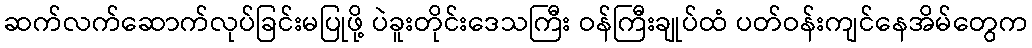
ဆက်လက်ဆောက်လုပ်ခြင်းမပြုဖို့ ပဲခူးတိုင်းဒေသကြီး ဝန်ကြီးချုပ်ထံ ပတ်ဝန်းကျင်နေအိမ်တွေက